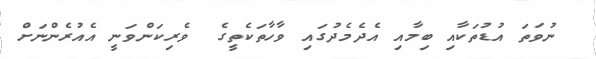
ނުވަތަ އުޑުތަކާއި ބިމާއި އެދެމެދުގައި ވާހާތަކެތީގެ  ވެރިކަންވަނީ އެއުރެންނަށް